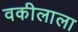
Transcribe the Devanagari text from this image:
वकीलाला